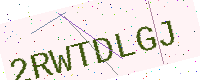
Text: 2RWTDLGJ